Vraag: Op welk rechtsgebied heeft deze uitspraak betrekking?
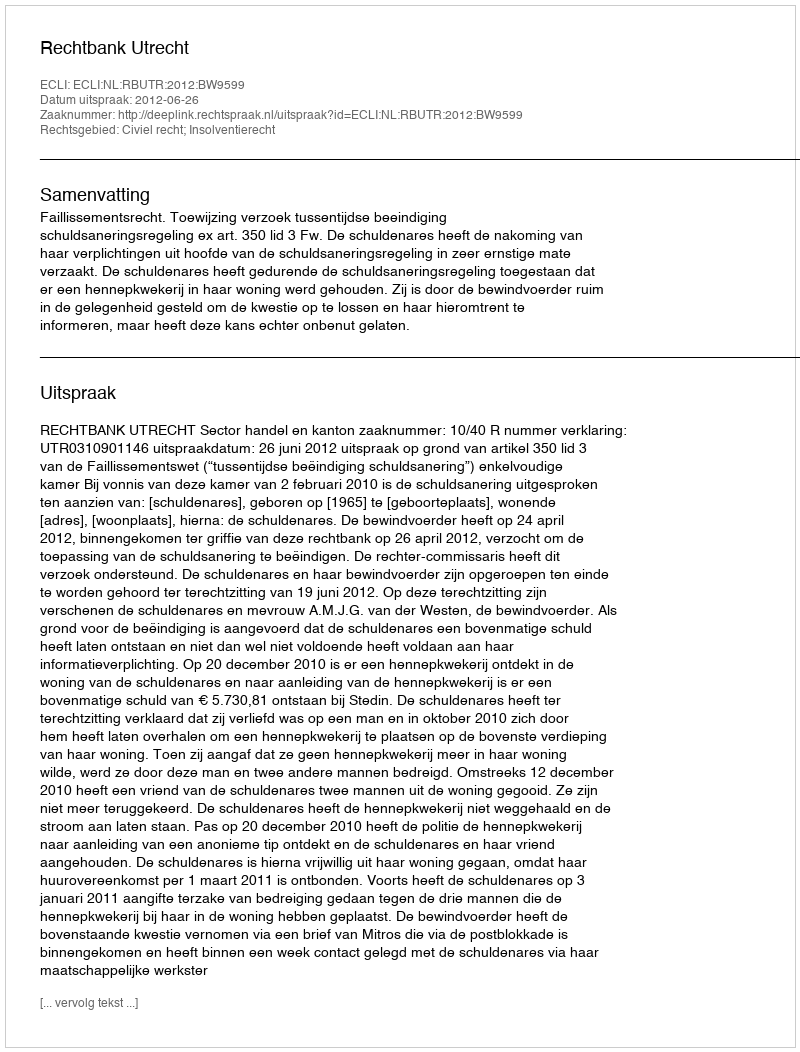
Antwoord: Civiel recht; Insolventierecht